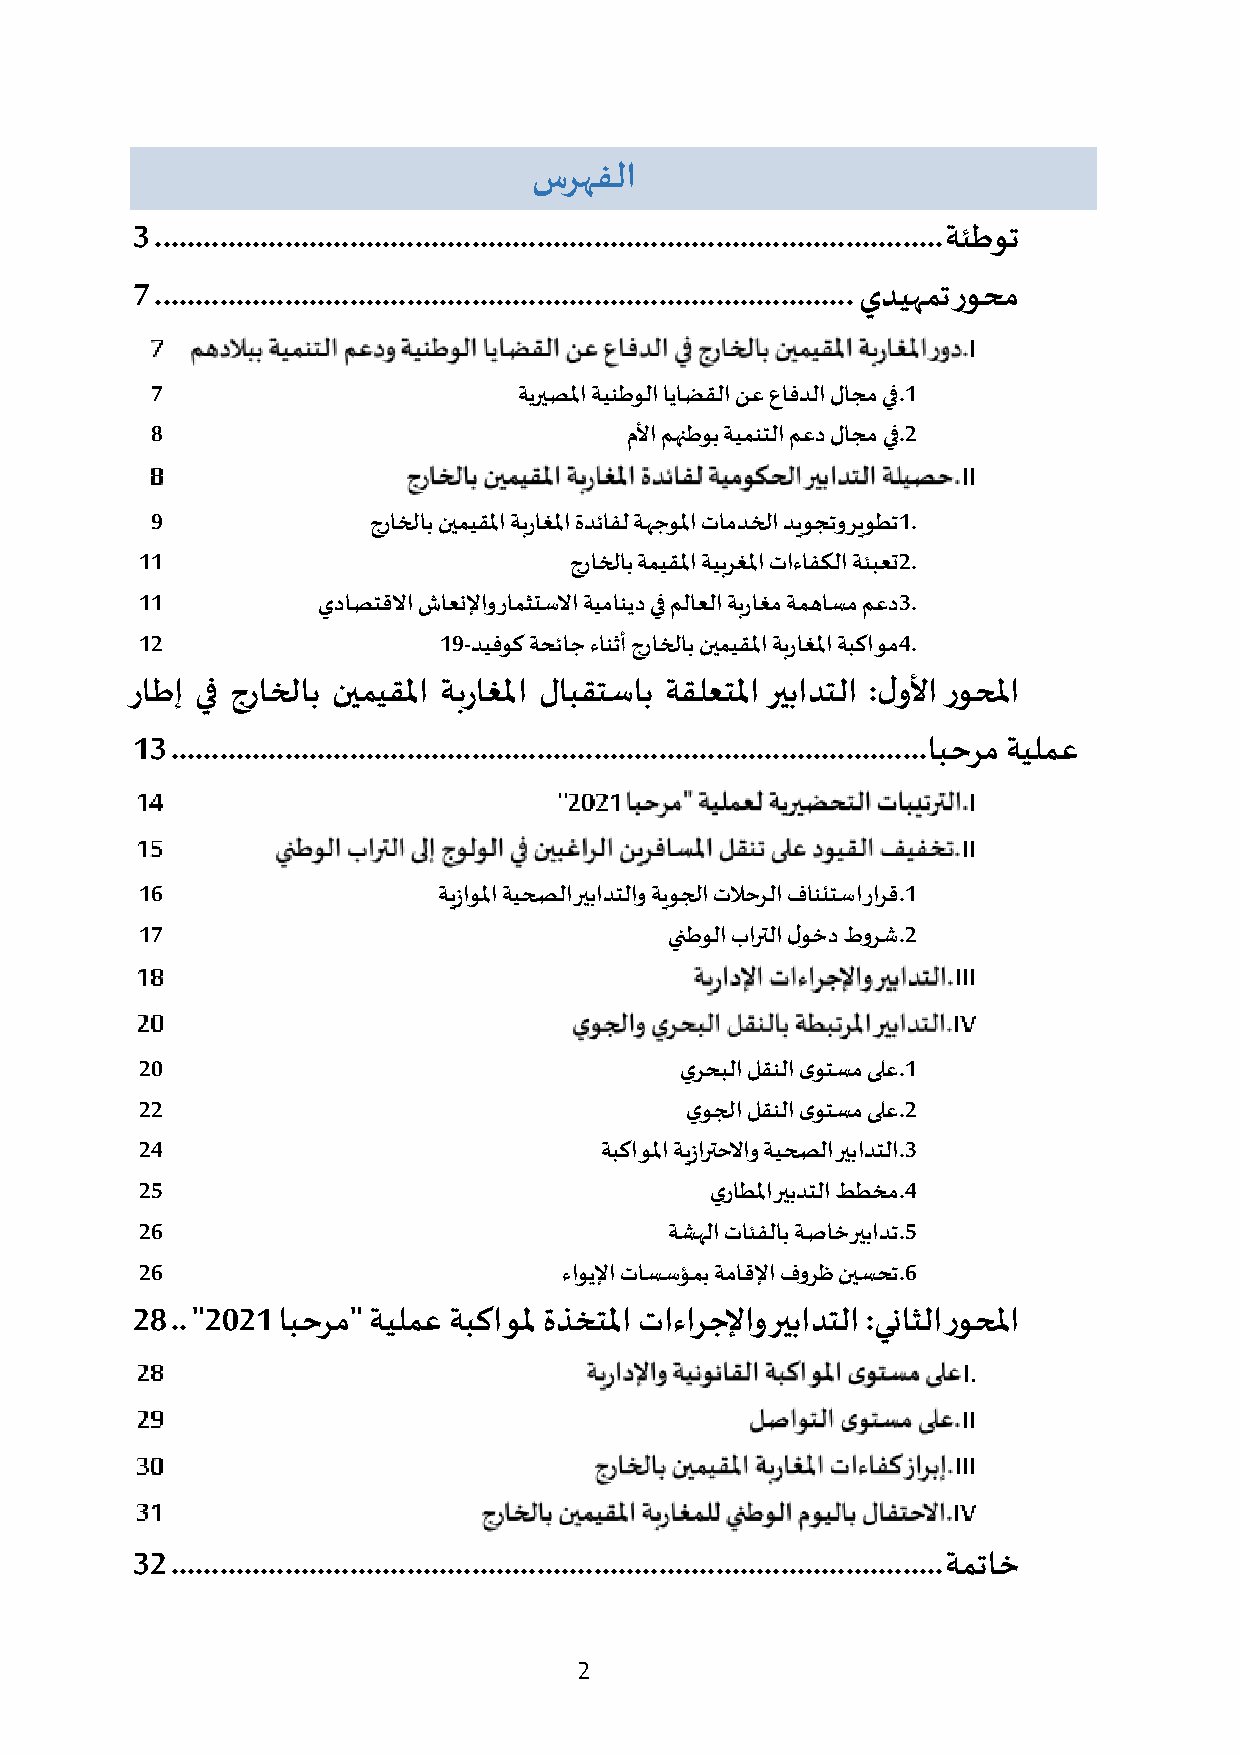
سرهفلا
 3 ................................................................................................. ةئطوت
 7 ...................................................................................... يديهمت روحم
 7                       ةيريصلما ةينطولا اياضقلا نع عافدلا لاجم يف.1
 8                              ملأا مهنطوب ةيمنتلا معد لاجم يف.2
 9             جراخلاب نيميقلما ةبراغلما ةدئافل ةهجولما تامدخلا ديوجتو ريوطت1.
 11                           جراخلاب ةميقلما ةيبرغلما تاءافكلا ةئبعت2.
 11          يداصتقلاا شاعنلإاو رامثتسلاا ةيمانيد يف ملاعلا ةبراغم ةمهاسم معد3.
 12                  19-ديفوك ةحئاج ءانثأ جراخلاب نيميقلما ةبراغلما ةبكاوم4.
 راطإ يف جراخلاب نيميقلما ةبراغلما لابقتساب ةقلعتلما ريبادتلا :لولأا روحلما
 13 ............................................................................................. ابحرم ةيلمع
 16                  ةيزاولما ةيحصلا ريبادتلاو ةيوجلا تلاحرلا فانئتسا رارق.1
 17                                 ينطولا بارتلا لوخد طورش.2
 20                                  يرحبلا لقنلا ىوتسم ىلع.1
 22                                  يوجلا لقنلا ىوتسم ىلع.2
 24                             ةبكاولما ةيزارتحلااو ةيحصلا ريبادتلا.3
 25                                    يراطلما ريبدتلا ططخم.4
 26                                 ةشهلا تائفلاب ةصاخ ريبادت.5
 26                          ءاويلإا تاسسؤمب ةماقلإا فورظ نيسحت.6
 28 .. "2021 ابحرم" ةيلمع ةبكاولم ةذختلما تاءارجلإاو ريبادتلا :يناثلا روحلما
 32 ............................................................................................... ةمتاخ
 2